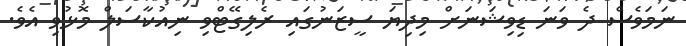
ނަމަވެސް ދެ ވަނަ ޑިވިޝަނަށް މިދިޔަ ސީޒަނުގައި ރެލިގޭޓްވި ނިއުކާސަލް މޮޅުވި އެވެ.